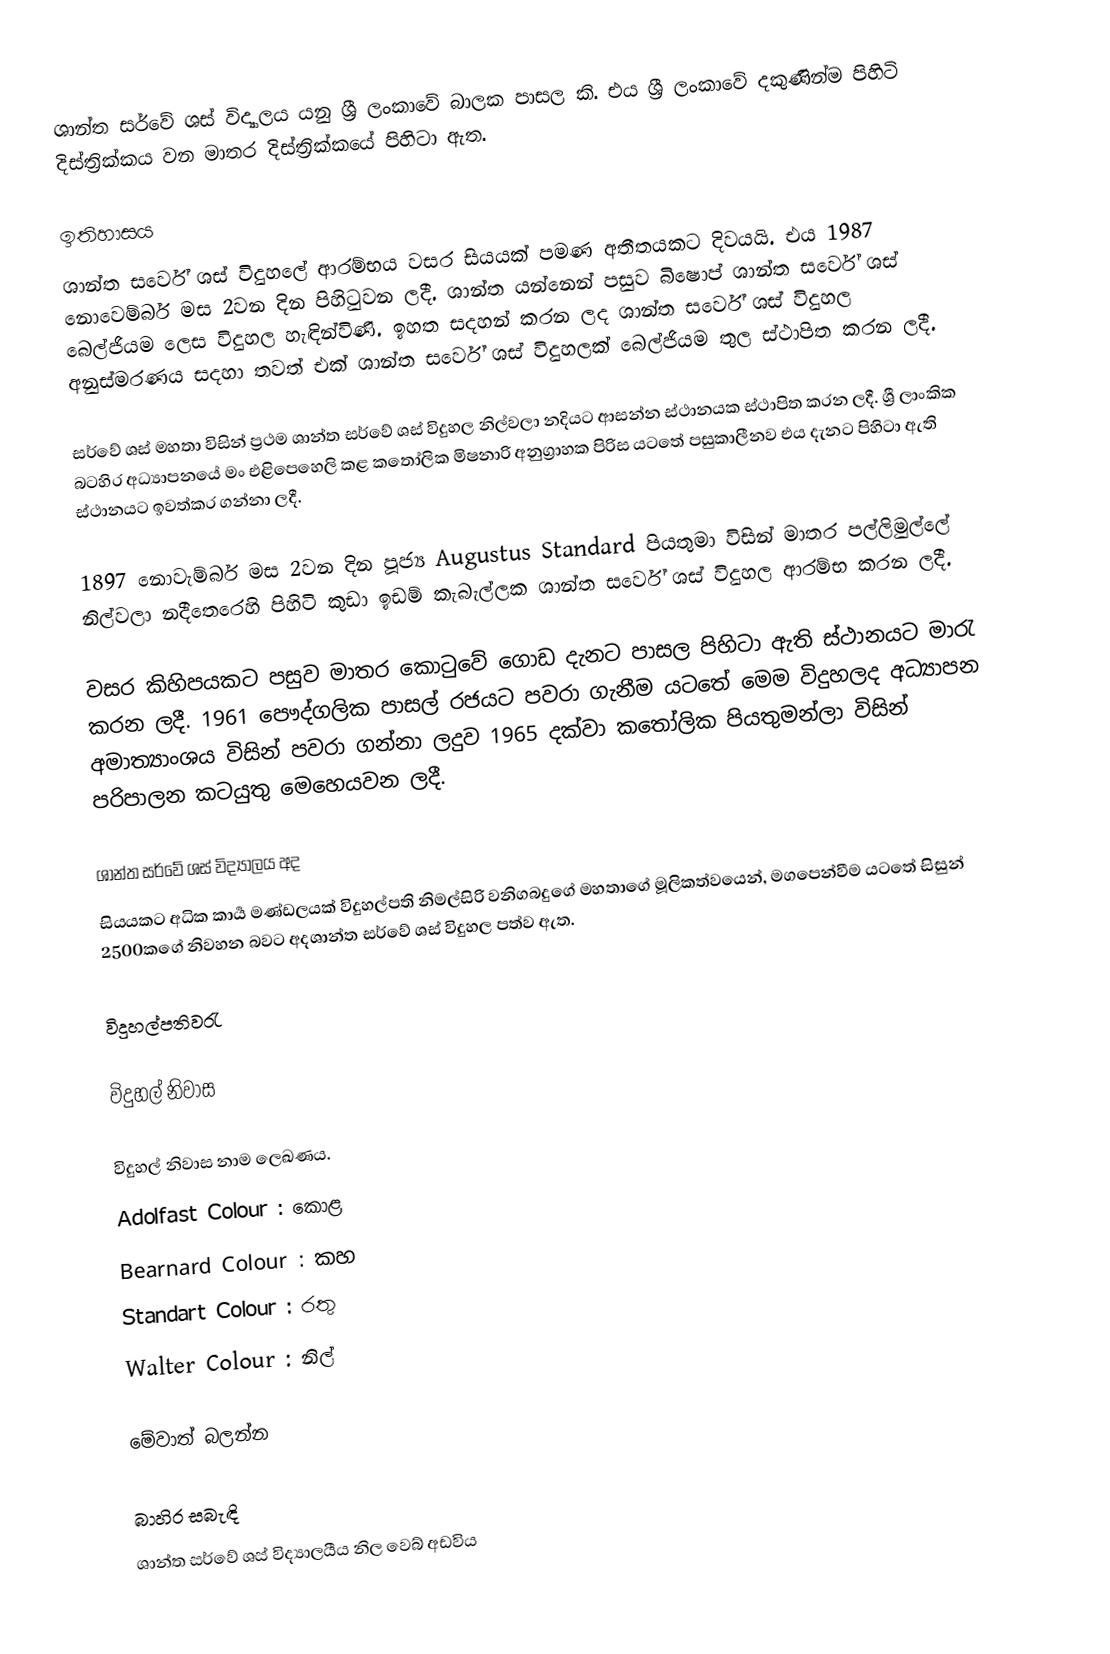
ශාන්ත සර්වේ ශස් විද්‍යාලය යනු ශ්‍රී ලංකාවේ  බාලක පාසල කි. එය ශ්‍රී ලංකාවේ  දකුණින්ම පිහිටි දිස්ත්‍රික්කය වන මාතර දිස්ත්‍රික්කයේ  පිහිටා ඇත.

ඉතිහාසය
ශාන්ත සර්වේ ශස් විදුහලේ   ආරම්භය වසර සියයක් පමණ අතීතයකට දිවයයි. එය 1987 නොවෙම්බර් මස 2වන දින පිහිටුවන ලදී. ශාන්ත යන්නෙන් පසුව බිෂොප් ශාන්ත සර්වේ ශස් බෙල්ජියම ලෙස විදුහල හැඳින්විණි. ඉහත සදහන් කරන ලද ශාන්ත සර්වේ ශස් විදුහල අනුස්මරණය සදහා තවත් එක් ශාන්ත සර්වේ ශස් විදුහලක් බෙල්ජියම තුල ස්ථාපිත කරන ලදී.

සර්වේ ශස් මහතා විසින් ප්‍රථම ශාන්ත සර්වේ ශස් විදුහල නිල්වලා නදියට ආසන්න ස්ථානයක ස්ථාපිත කරන ලදී. ශ්‍රී ලාංකික බටහිර අධ්‍යාපනයේ  මං එළිපෙහෙලි කළ කතෝලික මිෂනාරි අනුග්‍රාහක පිරිස යටතේ  පසුකාලීනව එය දැනට පිහිටා ඇති ස්ථානයට ඉවත්කර ගන්නා ලදී.

1897 නොවැම්බර් මස 2වන දින පූජ්‍ය Augustus Standard පියතුමා විසින් මාතර පල්ලිමුල්ලේ  නිල්වලා නදීතෙරෙහි පිහිටි කුඩා ඉඩම් කැබැල්ලක ශාන්ත සර්වේ ශස් විදුහල ආරම්භ කරන ලදී.

වසර කිහිපයකට පසුව මාතර කොටුවේ ගොඩ දැනට පාසල පිහිටා ඇති ස්ථානයට මාරැ කරන ලදී. 1961 පෞද්ගලික පාසල් රජයට පවරා ගැනීම යටතේ  මෙම විදුහලද අධ්‍යාපන අමාත්‍යාංශය විසින් පවරා ගන්නා ලදුව 1965 දක්වා කතෝලික පියතුමන්ලා විසින් පරිපාලන කටයුතු මෙහෙයවන ලදී.

ශාන්ත සර්වේ ශස් විද්‍යාලය අද
සියයකට අධික කාර්‍ය මණ්ඩලයක් විදුහල්පති නිමල්සිරි වනිගබදුගේ  මහතාගේ  මූලිකත්වයෙන්, මගපෙන්වීම යටතේ  සිසුන් 2500කගේ  නිවහන බවට අදශාන්ත සර්වේ ශස් විදුහල පත්ව ඇත.

විදුහල්පතිවරැ

විදුහල් නිවාස

විදුහල් නිවාස නාම ලෙඛණය.
 Adolfast Colour : කොළ
 Bearnard Colour : කහ
 Standart Colour : රතු
 Walter Colour : නිල්

මේවාත් බලන්න

බාහිර සබැඳි
 ශාන්ත සර්වේ ශස් විද්‍යාලයීය නිල වෙබ් අඩවිය